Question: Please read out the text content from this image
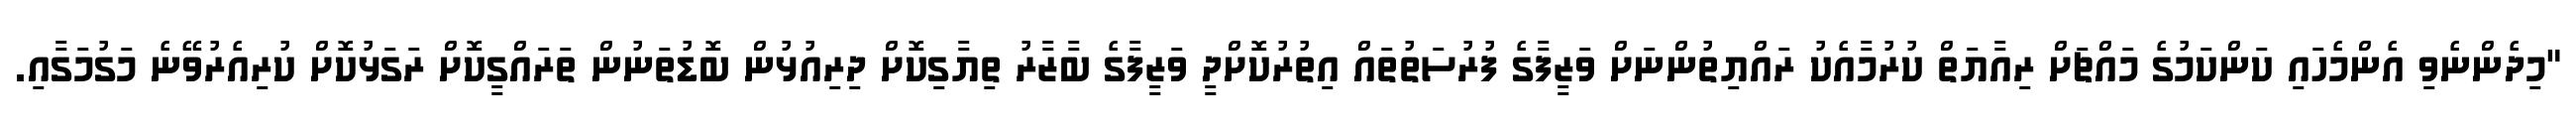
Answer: "މިދެންނެވި އެންމެހައި ކަންކަމުގެ މައްޗަށް ރިއާޔަތް ކުރުމާއެކު ރައްޔިތުންނަށް ވަޒީފާގެ ފުރުސަތުތައް އިތުރުކޮށްދީ ވަޒީފާގެ ބާޒާރު ތިޔާގިކޮށް ދިރިއުޅުން ބޮޑުތަނުން ތަރައްގީކޮށް ރަގަޅުކޮށް ކުރިއެރުވޭނެ މަގުމަގާއި.